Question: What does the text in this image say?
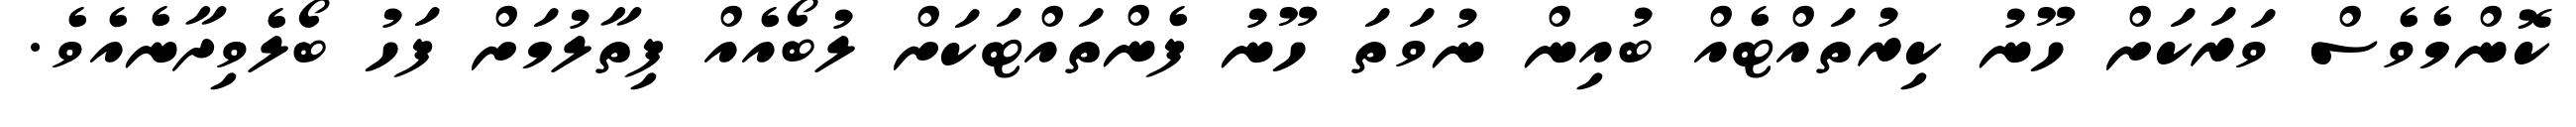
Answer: ކޮންމެވެސް ވަރަކަށް ހޫނު ކިރުތައްޓެއް ބުއިން ނުވަތަ ހޫނު ފެންތައްޓަކަށް ލުބޯއެއް ފިތާލުމަށް ފަހު ބޯލެވިދާނެއެވެ.